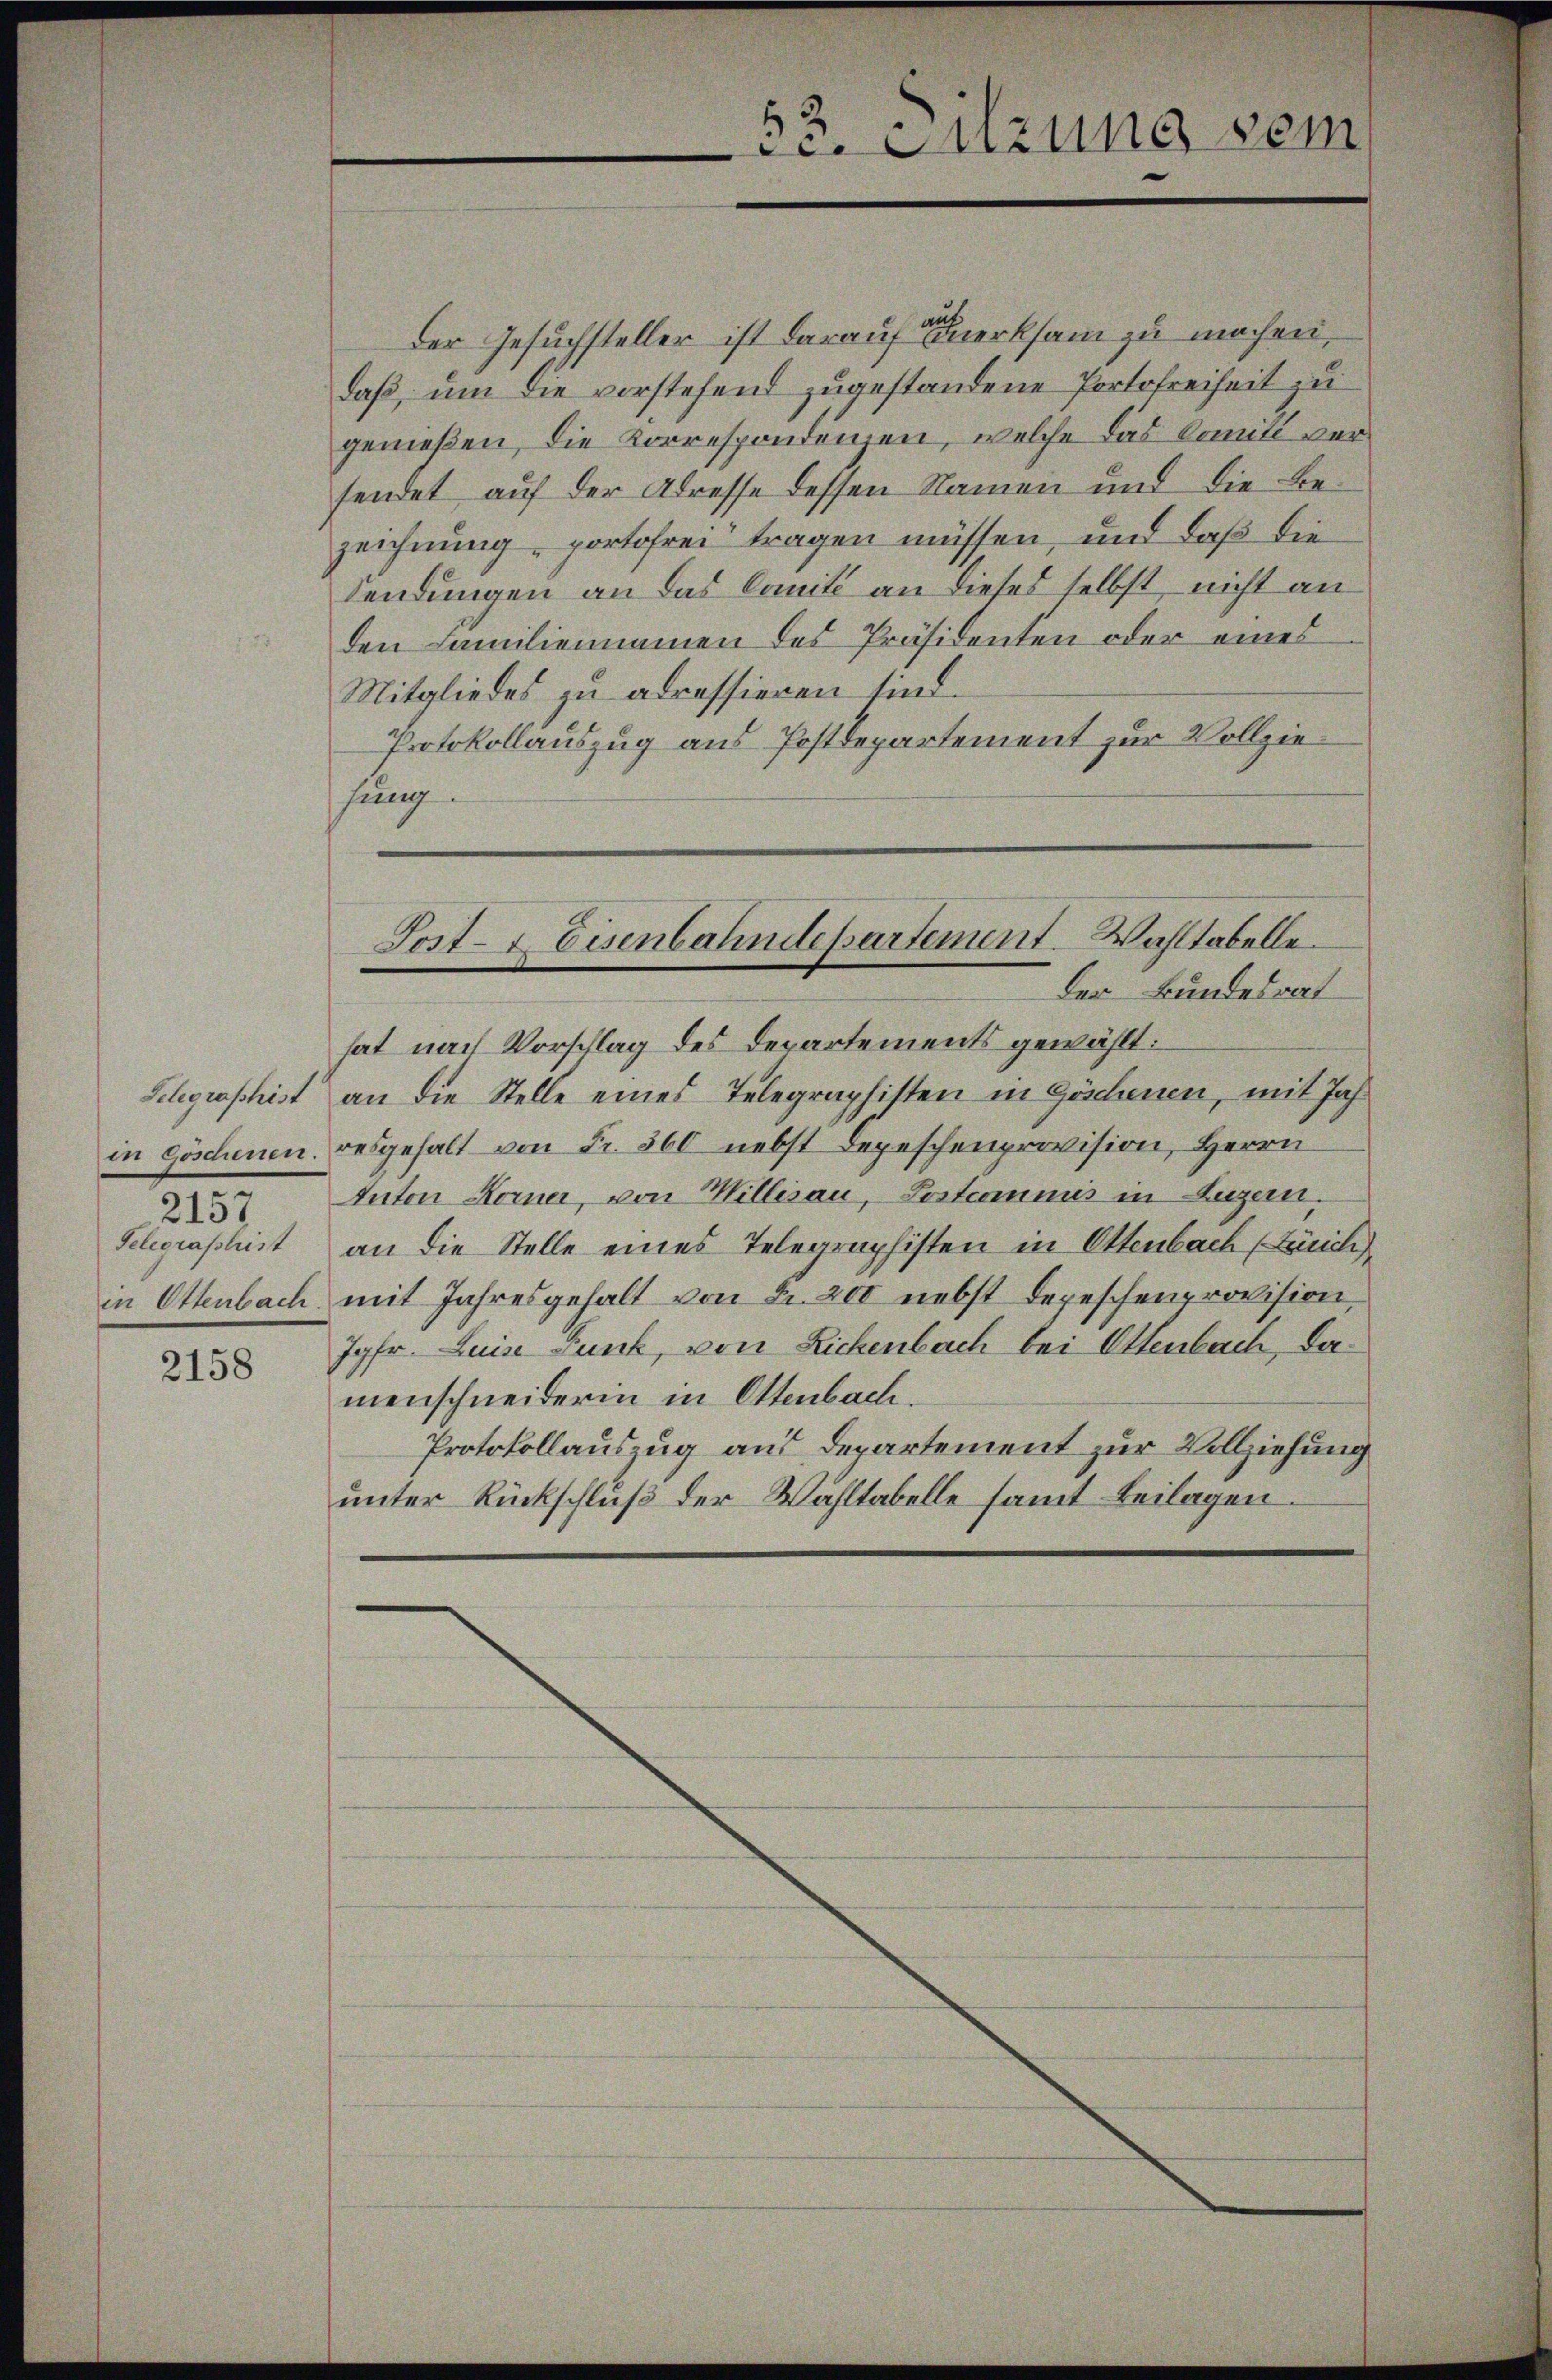
.
2137
Telegraphist

2158

Sost- & Eisenbahndepartement. Wahltabelle.
Der Bundesrat

53. Sitzung vom

Der Gesuchsteller ist darauf merksam zu machen,
daß, um die vorstehend zugestandene Portofreiheit zu
genießen, die Korrespondenzen, welche das Domite versendet auf der Adresse dessen Namen und die Bezeichnung, portofrei tragen müssen, und daß die
Sendungen an das Sanité an dieses selbst, nicht an
den Familiennamen des Präsidenten oder eines
Mitgliedes zu adressieren sind.
Protokollauszug aus Postdepartement zur Vollziehung.

hat nach Vorschlag des Departements gewählt:
Selegraphist an die Stelle eines Telegraphisten in Göschenen, mit Jahin Göschenen, resgehalt von Fr. 360 nebst Depeschenprovision, Herrn
Anton Korner, von Willisau, Postcommis in Luzern,
an die Stelle eines Telegraphisten in Ottenbach (Zürich
in Ottenbach mit Jahresgehalt von Fr. 200 nebst Depeschenprovision,
Jgfr. Luise Funk, von Rickenbach bei Ottenbach, damenschneiderin in Ottenbach.
Protokollauszug aus Departement zur Vollziehung
unter Rückschluß der Wahltabelle samt Beilagen.